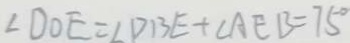
\angle D O E = \angle D B E + \angle A E B = 7 5 ^ { \circ }